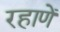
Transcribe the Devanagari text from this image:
रहाणें